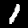
Digit: 1